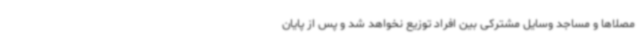
مصلاها و مساجد وسایل مشترکی بین افراد توزیع نخواهد شد و پس از پایان